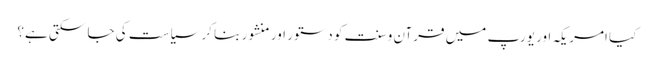
کیا امریکہ اور یورپ میں قرآن و سنت کو دستور اور منشور بنا کر سیاست کی جا سکتی ہے؟